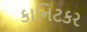
કાનિટકર